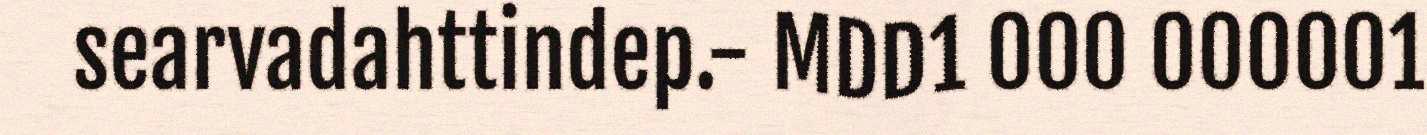
searvadahttindep.- MDD1 000 000001